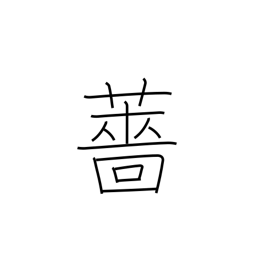
Meaning: water pepper